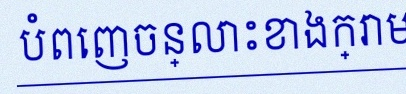
បំពេញចន្លោះខាងក្រោម